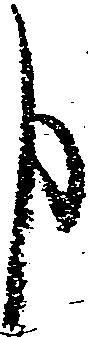
申